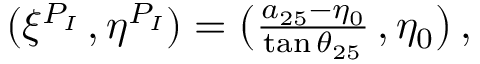
\begin{array} { r } { ( \xi ^ { P _ { I } } \, , \eta ^ { P _ { I } } ) = \big ( \frac { a _ { 2 5 } - \eta _ { 0 } } { \tan { \theta _ { 2 5 } } } \, , \eta _ { 0 } \big ) \, , } \end{array}